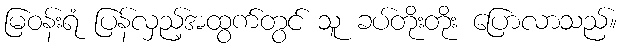
မြဝန်းရံ ပြန်လှည့်အထွက်တွင် သူ ခပ်တိုးတိုး ပြောလာသည်။